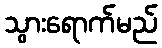
သွားရောက်မည်